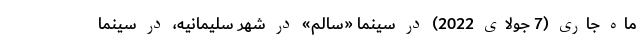
ماه جاری (7 جولای 2022) در سینما «سالم» در شهر سلیمانیه، در سینما